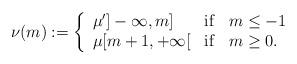
LaTeX: \begin{align*}\nu(m):= \left\{\begin{array}{lll} \mu']-\infty,m] &{\rm if} &m \leq -1\\ \mu [m+1, +\infty[ &{\rm if} &m\geq 0. \end{array}\right.\end{align*}